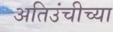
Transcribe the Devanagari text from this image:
अतिउंचीच्या